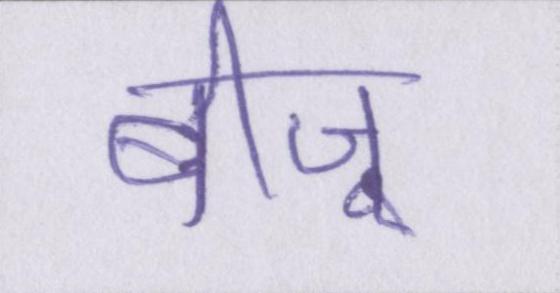
बीजू